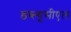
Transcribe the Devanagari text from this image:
डब्ल्यूसीएल